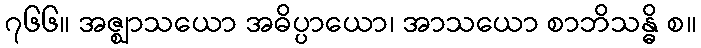
၇၆၆။ အဇ္ဈာသယော အဓိပ္ပာယော၊ အာသယော စာဘိသန္ဓိ စ။